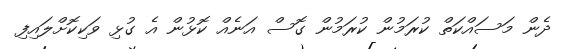
ދެން މަސައްކަތް ކުރަމުން ކުރަމުން ގޮސް އަނެއް ކޮޅުން އެ ގުޅި ވަކިކޮށްލައިފި